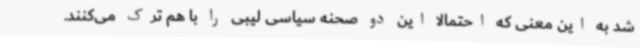
شد به این معنی که احتمالا این دو صحنه سیاسی لیبی را با هم ترک می‌کنند.